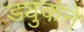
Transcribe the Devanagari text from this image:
ड्युकने